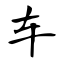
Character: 车